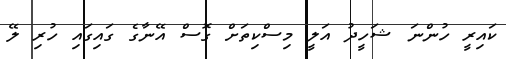
ކައިރީ ހުންނަ ޝަހީދު އަލީ މިސްކިތަށް ގޮސް އޭނާގެ ގައިގައި ހުރި ލޭ